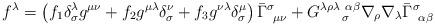
LaTeX: \begin{align*}f^\lambda = \left(f_1 \delta_\sigma^\lambda g^{\mu \nu}+ f_2 g^{\mu \lambda} \delta^\nu_\sigma+ f_3 g^{\nu \lambda} \delta^\mu_\sigma \right)\bar{\Gamma}^\sigma_{~\mu \nu}+ G^{\lambda \rho \lambda ~ \alpha \beta}_{~~~~ \sigma}\nabla_\rho \nabla_\lambda \bar{\Gamma}^\sigma_{~\alpha \beta}\end{align*}